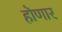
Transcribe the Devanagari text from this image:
हॊणार